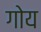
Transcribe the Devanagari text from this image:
गोय